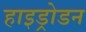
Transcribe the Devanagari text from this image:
हाइड्रोडन